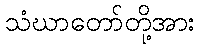
သံဃာတော်တို့အား